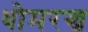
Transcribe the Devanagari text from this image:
धोमरख